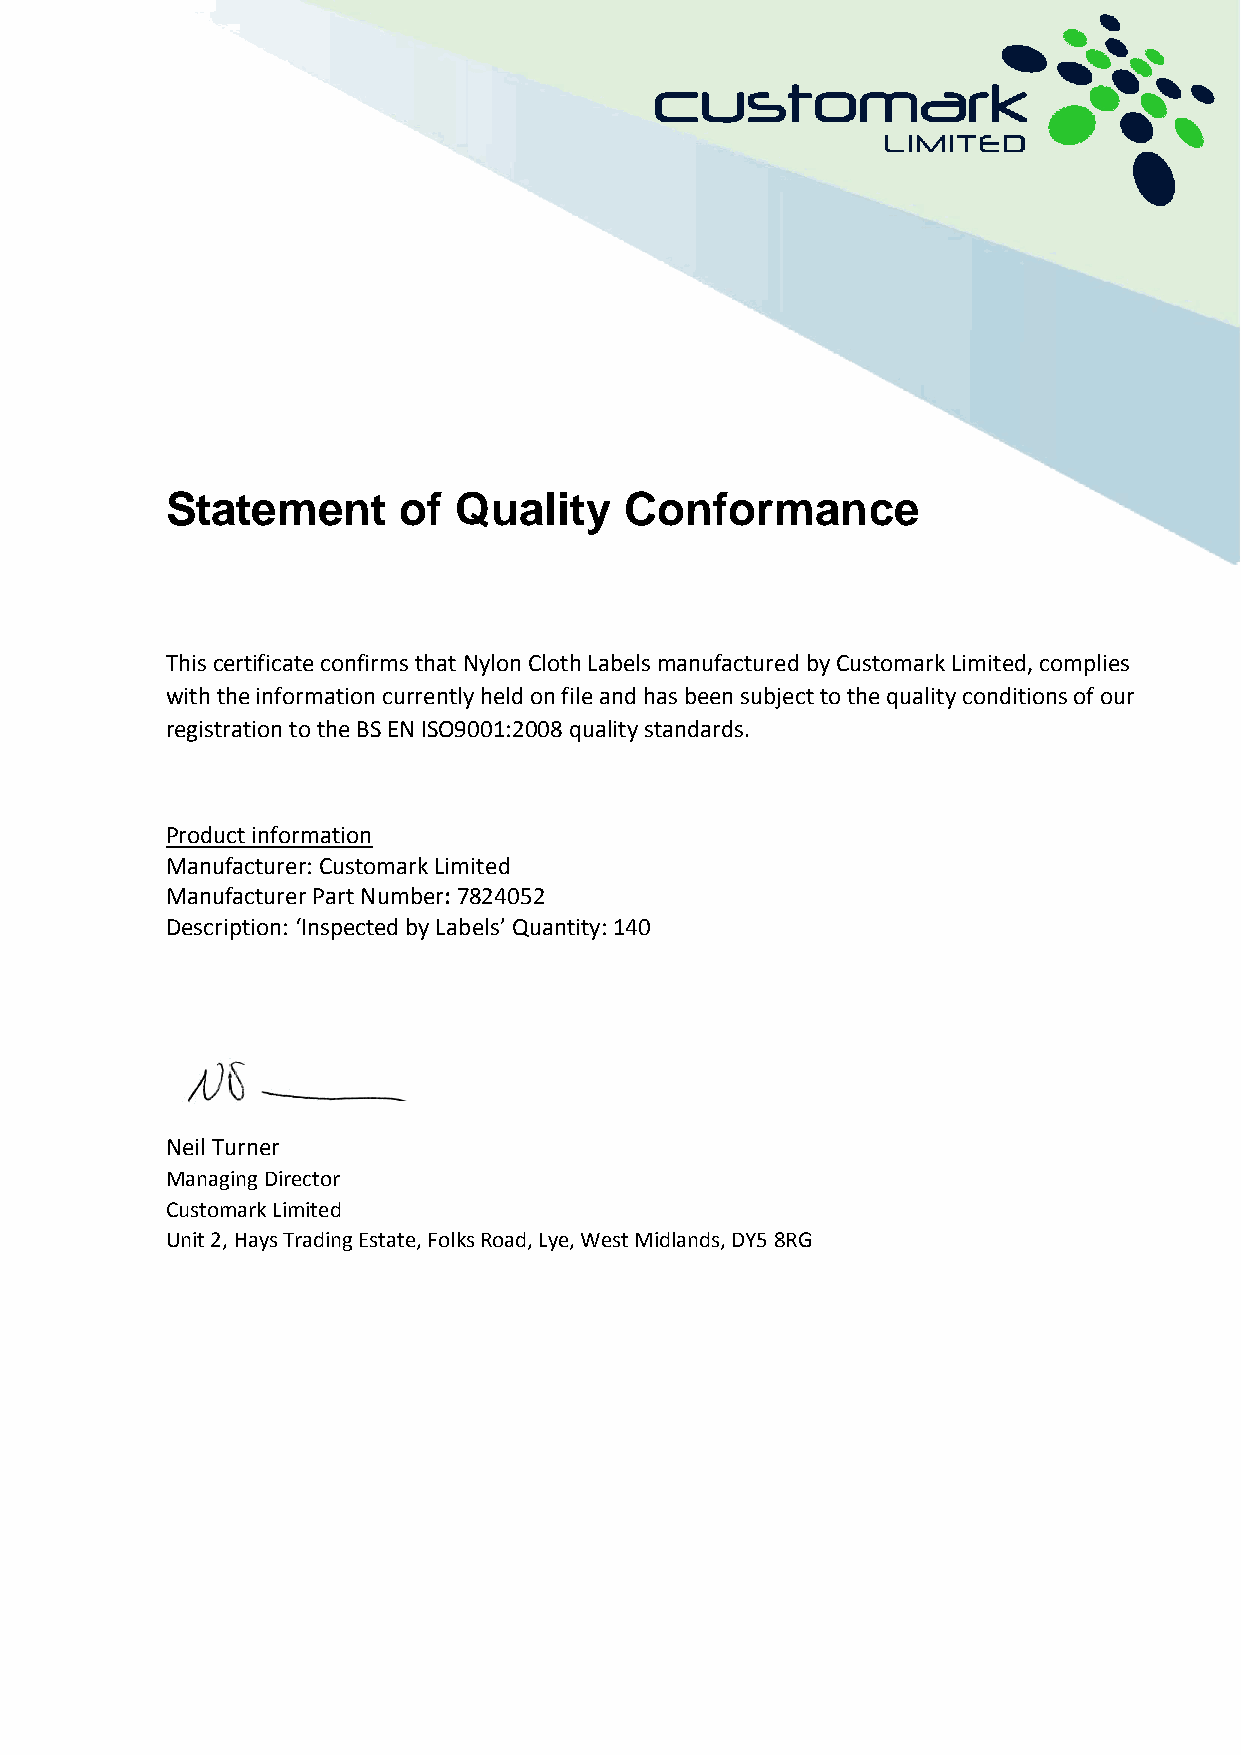
Statement      of  Quality    Conformance
 This certificate confirms that Nylon Cloth Labels manufactured by Customark Limited, complies
 with the information currently held on file and has been subject to the quality conditions of our
 registration to the BS EN ISO9001:2008 quality standards.
 Product information
 Manufacturer: Customark Limited
 Manufacturer Part Number: 7824052
 Description: ‘Inspected by Labels’ Quantity: 140
 Neil Turner
 Managing Director
 Customark Limited
 Unit 2, Hays Trading Estate, Folks Road, Lye, West Midlands, DY5 8RG